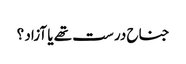
جناح درست تھے یا آزاد ؟